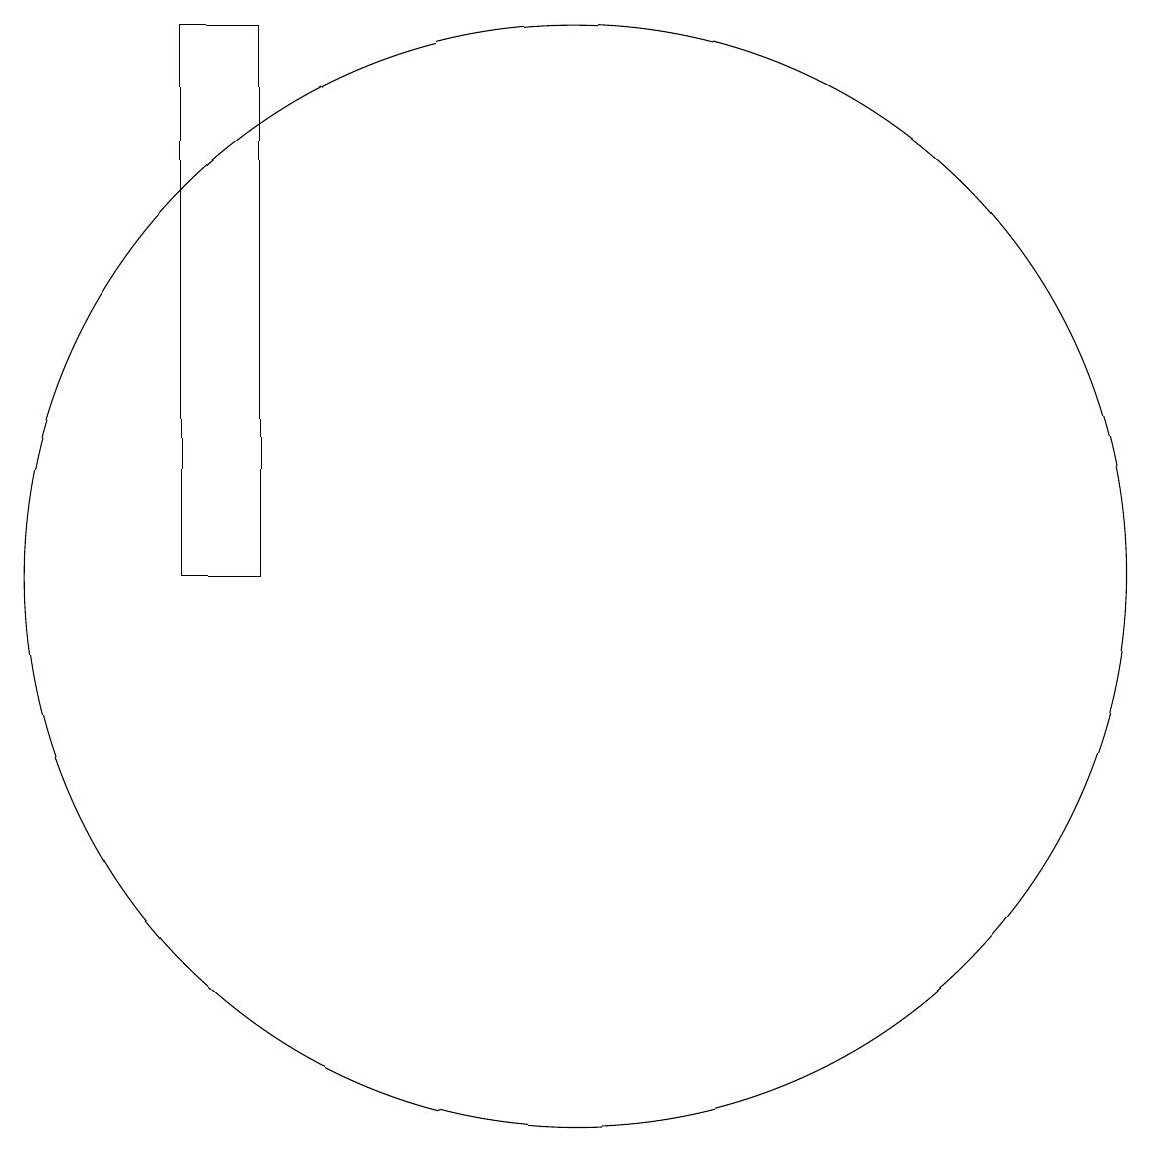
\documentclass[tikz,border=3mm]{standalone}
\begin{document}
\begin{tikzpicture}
\draw (10,10) circle (0);
\draw (12,11) circle (7);
\draw (7,18) rectangle (8,11);
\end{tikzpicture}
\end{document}